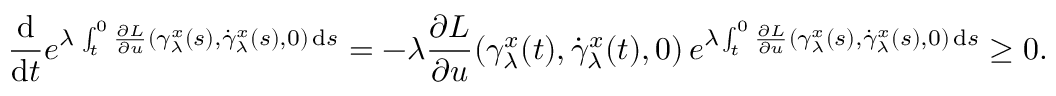
\frac { \mathrm { d } } { \mathrm { d } t } e ^ { \lambda \, \int _ { t } ^ { 0 } \frac { \partial L } { \partial u } ( \gamma _ { \lambda } ^ { x } ( s ) , \dot { \gamma } _ { \lambda } ^ { x } ( s ) , 0 ) \, \mathrm { d } s } = - \lambda \frac { \partial L } { \partial u } ( \gamma _ { \lambda } ^ { x } ( t ) , \dot { \gamma } _ { \lambda } ^ { x } ( t ) , 0 ) \, e ^ { \lambda \int _ { t } ^ { 0 } \frac { \partial L } { \partial u } ( \gamma _ { \lambda } ^ { x } ( s ) , \dot { \gamma } _ { \lambda } ^ { x } ( s ) , 0 ) \, \mathrm { d } s } \geq 0 .